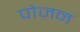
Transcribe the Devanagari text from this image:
पोज़न